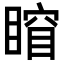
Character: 𥈾